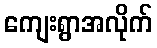
ကျေးရွာအလိုက်